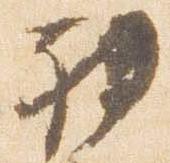
初